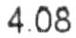
4.08